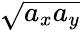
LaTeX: \sqrt{a_{x}a_{y}}